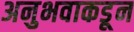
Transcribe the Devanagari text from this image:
अनुभवाकडून